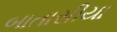
બાતાસીયા